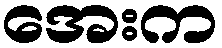
အေးက